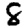
Digit: 8